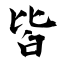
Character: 皆